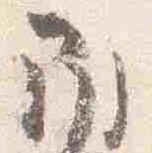
南